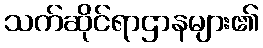
သက်ဆိုင်ရာဌာနများ၏